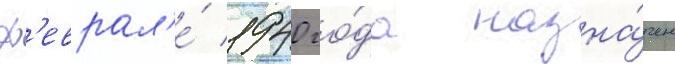
ф'еврал'е́ 1940 го́да назна́чен